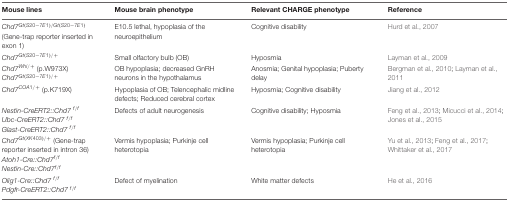
<table><thead><tr><td><b>Mouse lines</b></td><td><b>Mouse brain phenotype</b></td><td><b>Relevant CHARGE phenotype</b></td><td><b>Reference</b></td></tr></thead><tbody><tr><td><i>Chd7<sup>Gt(S20-7E1)/Gt(S20-7E1)</sup></i> (Gene-trap reporter inserted in exon 1)</td><td>E10.5 lethal, hypoplasia of the neuroepithelium</td><td>Cognitive disability</td><td>Hurd et al., 2007</td></tr><tr><td><i>Chd7<sup>Gt(S20-7E1)/+</sup></i></td><td>Small olfactory bulb (OB)</td><td>Hyposmia</td><td>Layman et al., 2009</td></tr><tr><td><i>Chd7<sup>Whi/+</sup></i> (p.W973X) <i>Chd7<sup>Gt(S20-7E1)/+</sup></i></td><td>OB hypoplasia; decreased GnRH neurons in the hypothalamus</td><td>Anosmia; Genital hypoplasia; Puberty delay</td><td>Bergman et al., 2010; Layman et al., 2011</td></tr><tr><td><i>Chd7<sup>COA1/+</sup></i> (p.K719X)</td><td>Hypoplasia of OB; Telencephalic midline defects; Reduced cerebral cortex</td><td>Hyposmia; Cognitive disability</td><td>Jiang et al., 2012</td></tr><tr><td><i>Nestin-CreERT2::Chd7 <sup>f/f</sup> Ubc-CreERT2::Chd7 <sup>f/f</sup> Glast-CreERT2::Chd7 <sup>f/f</sup></i></td><td>Defects of adult neurogenesis</td><td>Cognitive disability; Hyposmia</td><td>Feng et al., 2013; Micucci et al., 2014; Jones et al., 2015</td></tr><tr><td><i>Chd7<sup>Gt(XK403)/+</sup></i> (Gene-trap reporter inserted in intron 36) <i>Atoh1-Cre::Chd7<sup>f/f</sup> Nestin-Cre::Chd7<sup>f/f</sup></i></td><td>Vermis hypoplasia; Purkinje cell heterotopia</td><td>Vermis hypoplasia; Purkinje cell heterotopia</td><td>Yu et al., 2013; Feng et al., 2017; Whittaker et al., 2017</td></tr><tr><td><i>Olig1-Cre::Chd7 <sup>f/f</sup> Pdgfr-CreERT2::Chd7 <sup>f/f</sup></i></td><td>Defect of myelination</td><td>White matter defects</td><td>He et al., 2016</td></tr></tbody></table>